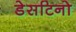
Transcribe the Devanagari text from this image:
डेसटिनो